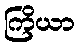
ကြိယာ